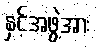
နှင့်အဖွဲ့အား